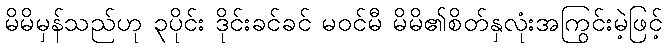
မိမိမှန်သည်ဟု ၃ပိုင်း ဒိုင်းခင်ခင် မဝင်မီ မိမိ၏စိတ်နှလုံးအကြွင်းမဲ့ဖြင့်